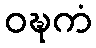
ဝဍ္ဎကံ